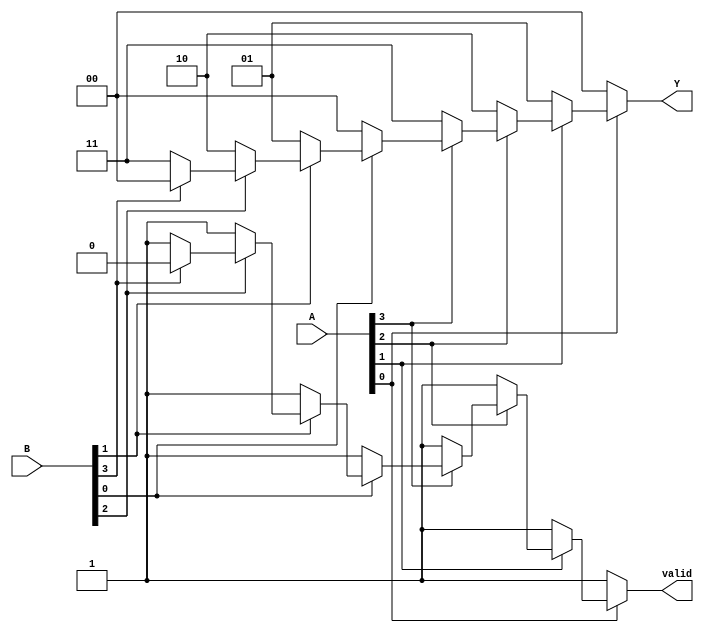
module dual_priority_encoder (
    input  wire [3:0] A,   // Active low inputs for set A
    input  wire [3:0] B,   // Active low inputs for set B
    output reg  [1:0] Y,   // Binary output representing the index of the highest active input
    output reg        valid  // Active indicator
);

// Combinational logic to determine the output
always @(*) begin
    // Initialize outputs
    Y = 2'b00; // Default output
    valid = 1'b0; // Default valid

    // Check inputs from set A (higher priority)
    if (~A[0]) begin
        Y = 2'b00; // A0 is active
        valid = 1'b1;
    end else if (~A[1]) begin
        Y = 2'b01; // A1 is active
        valid = 1'b1;
    end else if (~A[2]) begin
        Y = 2'b10; // A2 is active
        valid = 1'b1;
    end else if (~A[3]) begin
        Y = 2'b11; // A3 is active
        valid = 1'b1;
    end 
    // If no active inputs in set A, check set B
    else if (~B[0]) begin
        Y = 2'b00; // B0 is active
        valid = 1'b1;
    end else if (~B[1]) begin
        Y = 2'b01; // B1 is active
        valid = 1'b1;
    end else if (~B[2]) begin
        Y = 2'b10; // B2 is active
        valid = 1'b1;
    end else if (~B[3]) begin
        Y = 2'b11; // B3 is active
        valid = 1'b1;
    end 
end

endmodule